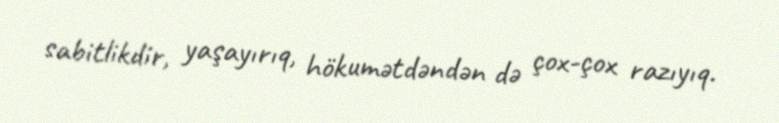
sabitlikdir, yaşayırıq, hökumətdəndən də çox-çox razıyıq.